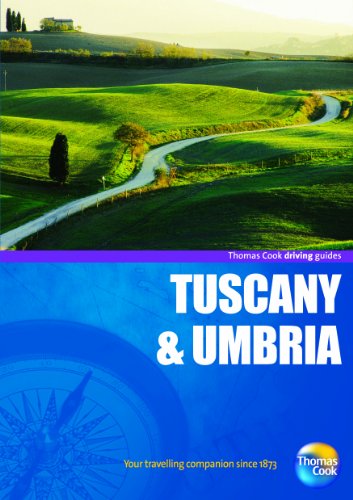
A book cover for Driving Guides Tuscany & Umbria, 4th (Drive Around - Thomas Cook); Thomas Cook Publishing; Travel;